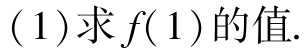
(1)求\(f(1)\)的值.